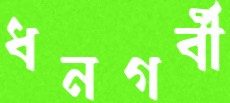
ধনগর্বী